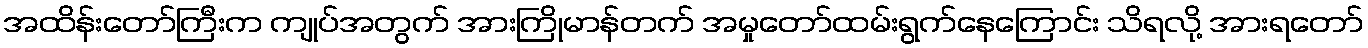
အထိန်းတော်ကြီးက ကျုပ်အတွက် အားကြိုမာန်တက် အမှုတော်ထမ်းရွက်နေကြောင်း သိရလို့ အားရတော်